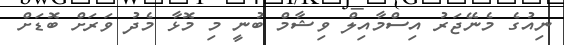
ނިއުގެ މެނޭޖަރު އިސްމާއިލް ވިޝާމް ބުނީ މި މޮޅާ މެދު ވަރަށް ބޮޑަށް